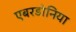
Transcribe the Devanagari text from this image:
एबरडोनिया